Civil Veterinary Department Bengal reports 1923-33 - 1923-1933
Year: 1923
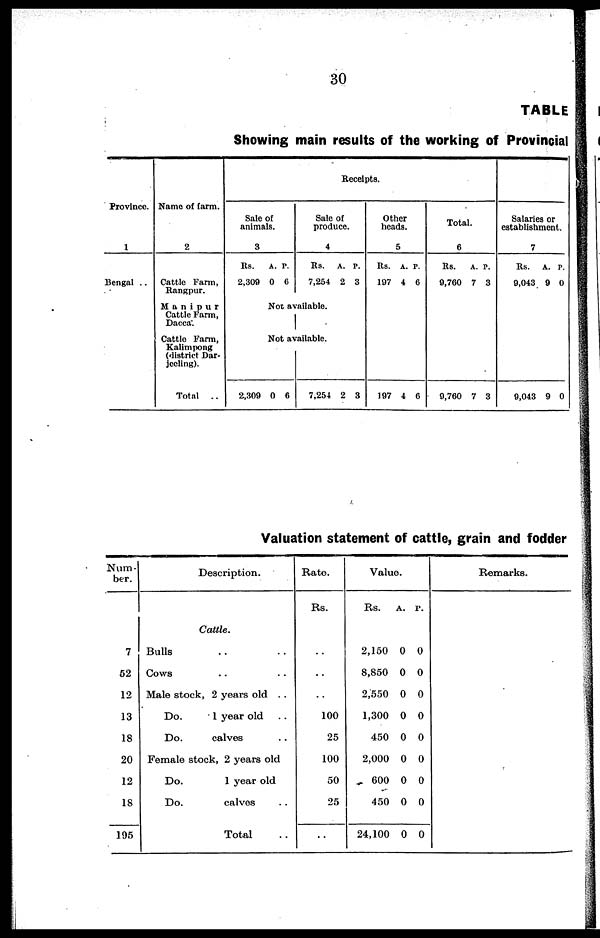
30
TABLE
Showing main results of the working of Provincial
Province.
1
Bengal ..
Name of farm.
2
Cattle Farm,
Rangpur.
Manipur
Cattle Farm,
Dacca.
Cattle Farm,
Kalimpong
(district Dar-
jeeling).
Total ..
Receipts.
Sale of
animals.
3
Rs.
2,309
A.
0
P.
6
Sale of
produce.
4
Rs.
7,254
A.
2
P.
3
Not available.
Not available.
2,309 0 6
7,254 2 3
Other
heads.
5
Rs.
197
197
A.
4
4
P.
6
6
Total.
6
Rs.
9,760
9,760
A.
7
7
P.
3
3
Salaries or
establishment.
7
Rs.
9,043
9,043
A.
9
9
P.
0
0
Valuation statement of cattle, grain and fodder
Num-
ber.
7
52
12
13
18
20
12
18
195
Description.
Cattle.
Bulls .. ..
Cows .. ..
Male stock, 2 years old . .
Do.
1 year old ..
Do.
calves ..
Female stock, 2 years old
Do.
1 year old
Do.
calves ..
Total ..
Rate.
Rs.
..
..
..
100
25
100
50
25
..
Value.
Rs.
2,150
8,850
2,550
1,300
450
2,000
600
450
24,100
A.
0
0
0
0
0
0
0
0
0
P.
0
0
0
0
0
0
0
0
0
Remarks.